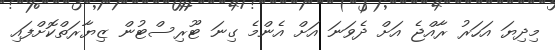
މިދިޔަ އަހަރު ރާއްޖެ އަށް ދެވަނަ އަށް އެންމެ ގިނަ ޓޫރިސްޓުން ޒިޔާރަތްކޮށްފައި